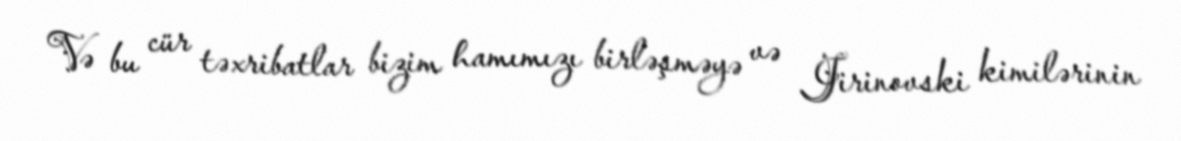
Və bu cür təxribatlar bizim hamımızı birləşməyə və Jirinovski kimilərinin